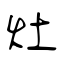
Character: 灶